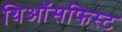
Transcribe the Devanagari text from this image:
थिऑसफिस्ट